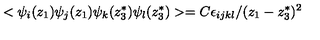
< \psi _ { i } ( z _ { 1 } ) \psi _ { j } ( z _ { 1 } ) \psi _ { k } ( z _ { 3 } ^ { * } ) \psi _ { l } ( z _ { 3 } ^ { * } ) > = C \epsilon _ { i j k l } / ( z _ { 1 } - z _ { 3 } ^ { * } ) ^ { 2 }